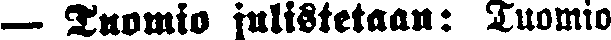
— Tuomio julistetaan: Tuomio